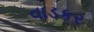
વાડકર